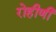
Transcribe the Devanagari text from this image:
रोहीणी